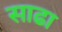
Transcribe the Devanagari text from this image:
साढा